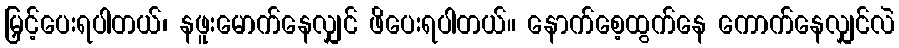
မြှင့်ပေးရပါတယ်၊ နဖူးမောက်နေလျှင် ဖိပေးရပါတယ်။ နောက်စေ့ထွက်နေ ကောက်နေလျှင်လဲ